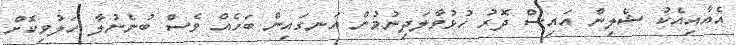
އެއާއިއެކު ޝެލިން އައިސް ދޮރު ހުޅުވާލަދިނުމުން އަނގައިން ބަހެއް ވެސް ބުނެނުލާ ހަލުވިކޮށް